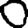
Digit: 0